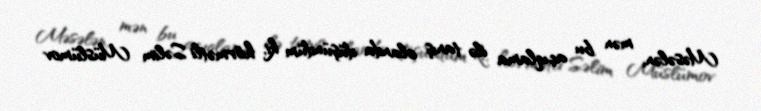
Məsələn, mən bu açıqlama ilə tanış olanda düşündüm ki, hörmətli Səlim Müslümov